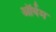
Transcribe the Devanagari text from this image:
ऑर्वम